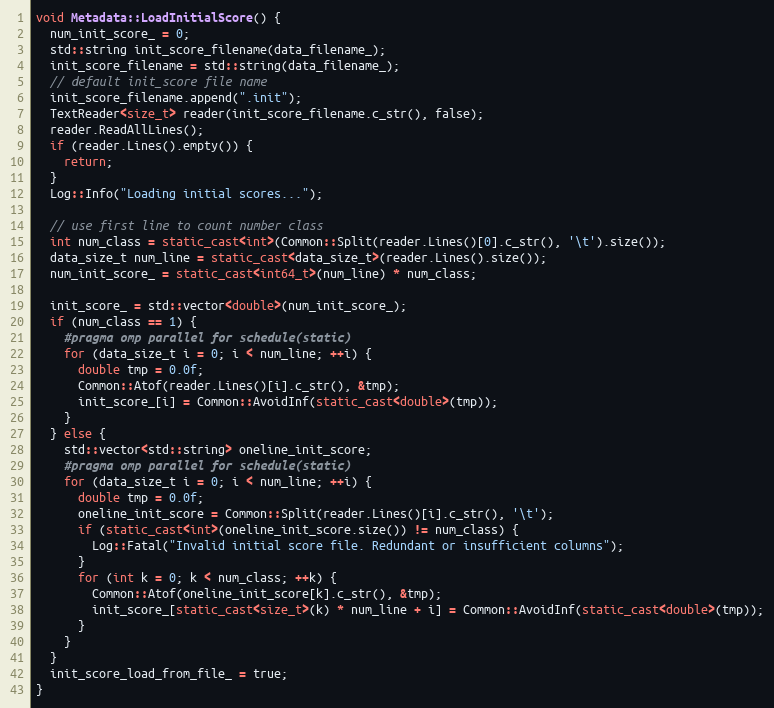
Language: C++
void Metadata::LoadInitialScore() {
  num_init_score_ = 0;
  std::string init_score_filename(data_filename_);
  init_score_filename = std::string(data_filename_);
  // default init_score file name
  init_score_filename.append(".init");
  TextReader<size_t> reader(init_score_filename.c_str(), false);
  reader.ReadAllLines();
  if (reader.Lines().empty()) {
    return;
  }
  Log::Info("Loading initial scores...");

  // use first line to count number class
  int num_class = static_cast<int>(Common::Split(reader.Lines()[0].c_str(), '\t').size());
  data_size_t num_line = static_cast<data_size_t>(reader.Lines().size());
  num_init_score_ = static_cast<int64_t>(num_line) * num_class;

  init_score_ = std::vector<double>(num_init_score_);
  if (num_class == 1) {
    #pragma omp parallel for schedule(static)
    for (data_size_t i = 0; i < num_line; ++i) {
      double tmp = 0.0f;
      Common::Atof(reader.Lines()[i].c_str(), &tmp);
      init_score_[i] = Common::AvoidInf(static_cast<double>(tmp));
    }
  } else {
    std::vector<std::string> oneline_init_score;
    #pragma omp parallel for schedule(static)
    for (data_size_t i = 0; i < num_line; ++i) {
      double tmp = 0.0f;
      oneline_init_score = Common::Split(reader.Lines()[i].c_str(), '\t');
      if (static_cast<int>(oneline_init_score.size()) != num_class) {
        Log::Fatal("Invalid initial score file. Redundant or insufficient columns");
      }
      for (int k = 0; k < num_class; ++k) {
        Common::Atof(oneline_init_score[k].c_str(), &tmp);
        init_score_[static_cast<size_t>(k) * num_line + i] = Common::AvoidInf(static_cast<double>(tmp));
      }
    }
  }
  init_score_load_from_file_ = true;
}